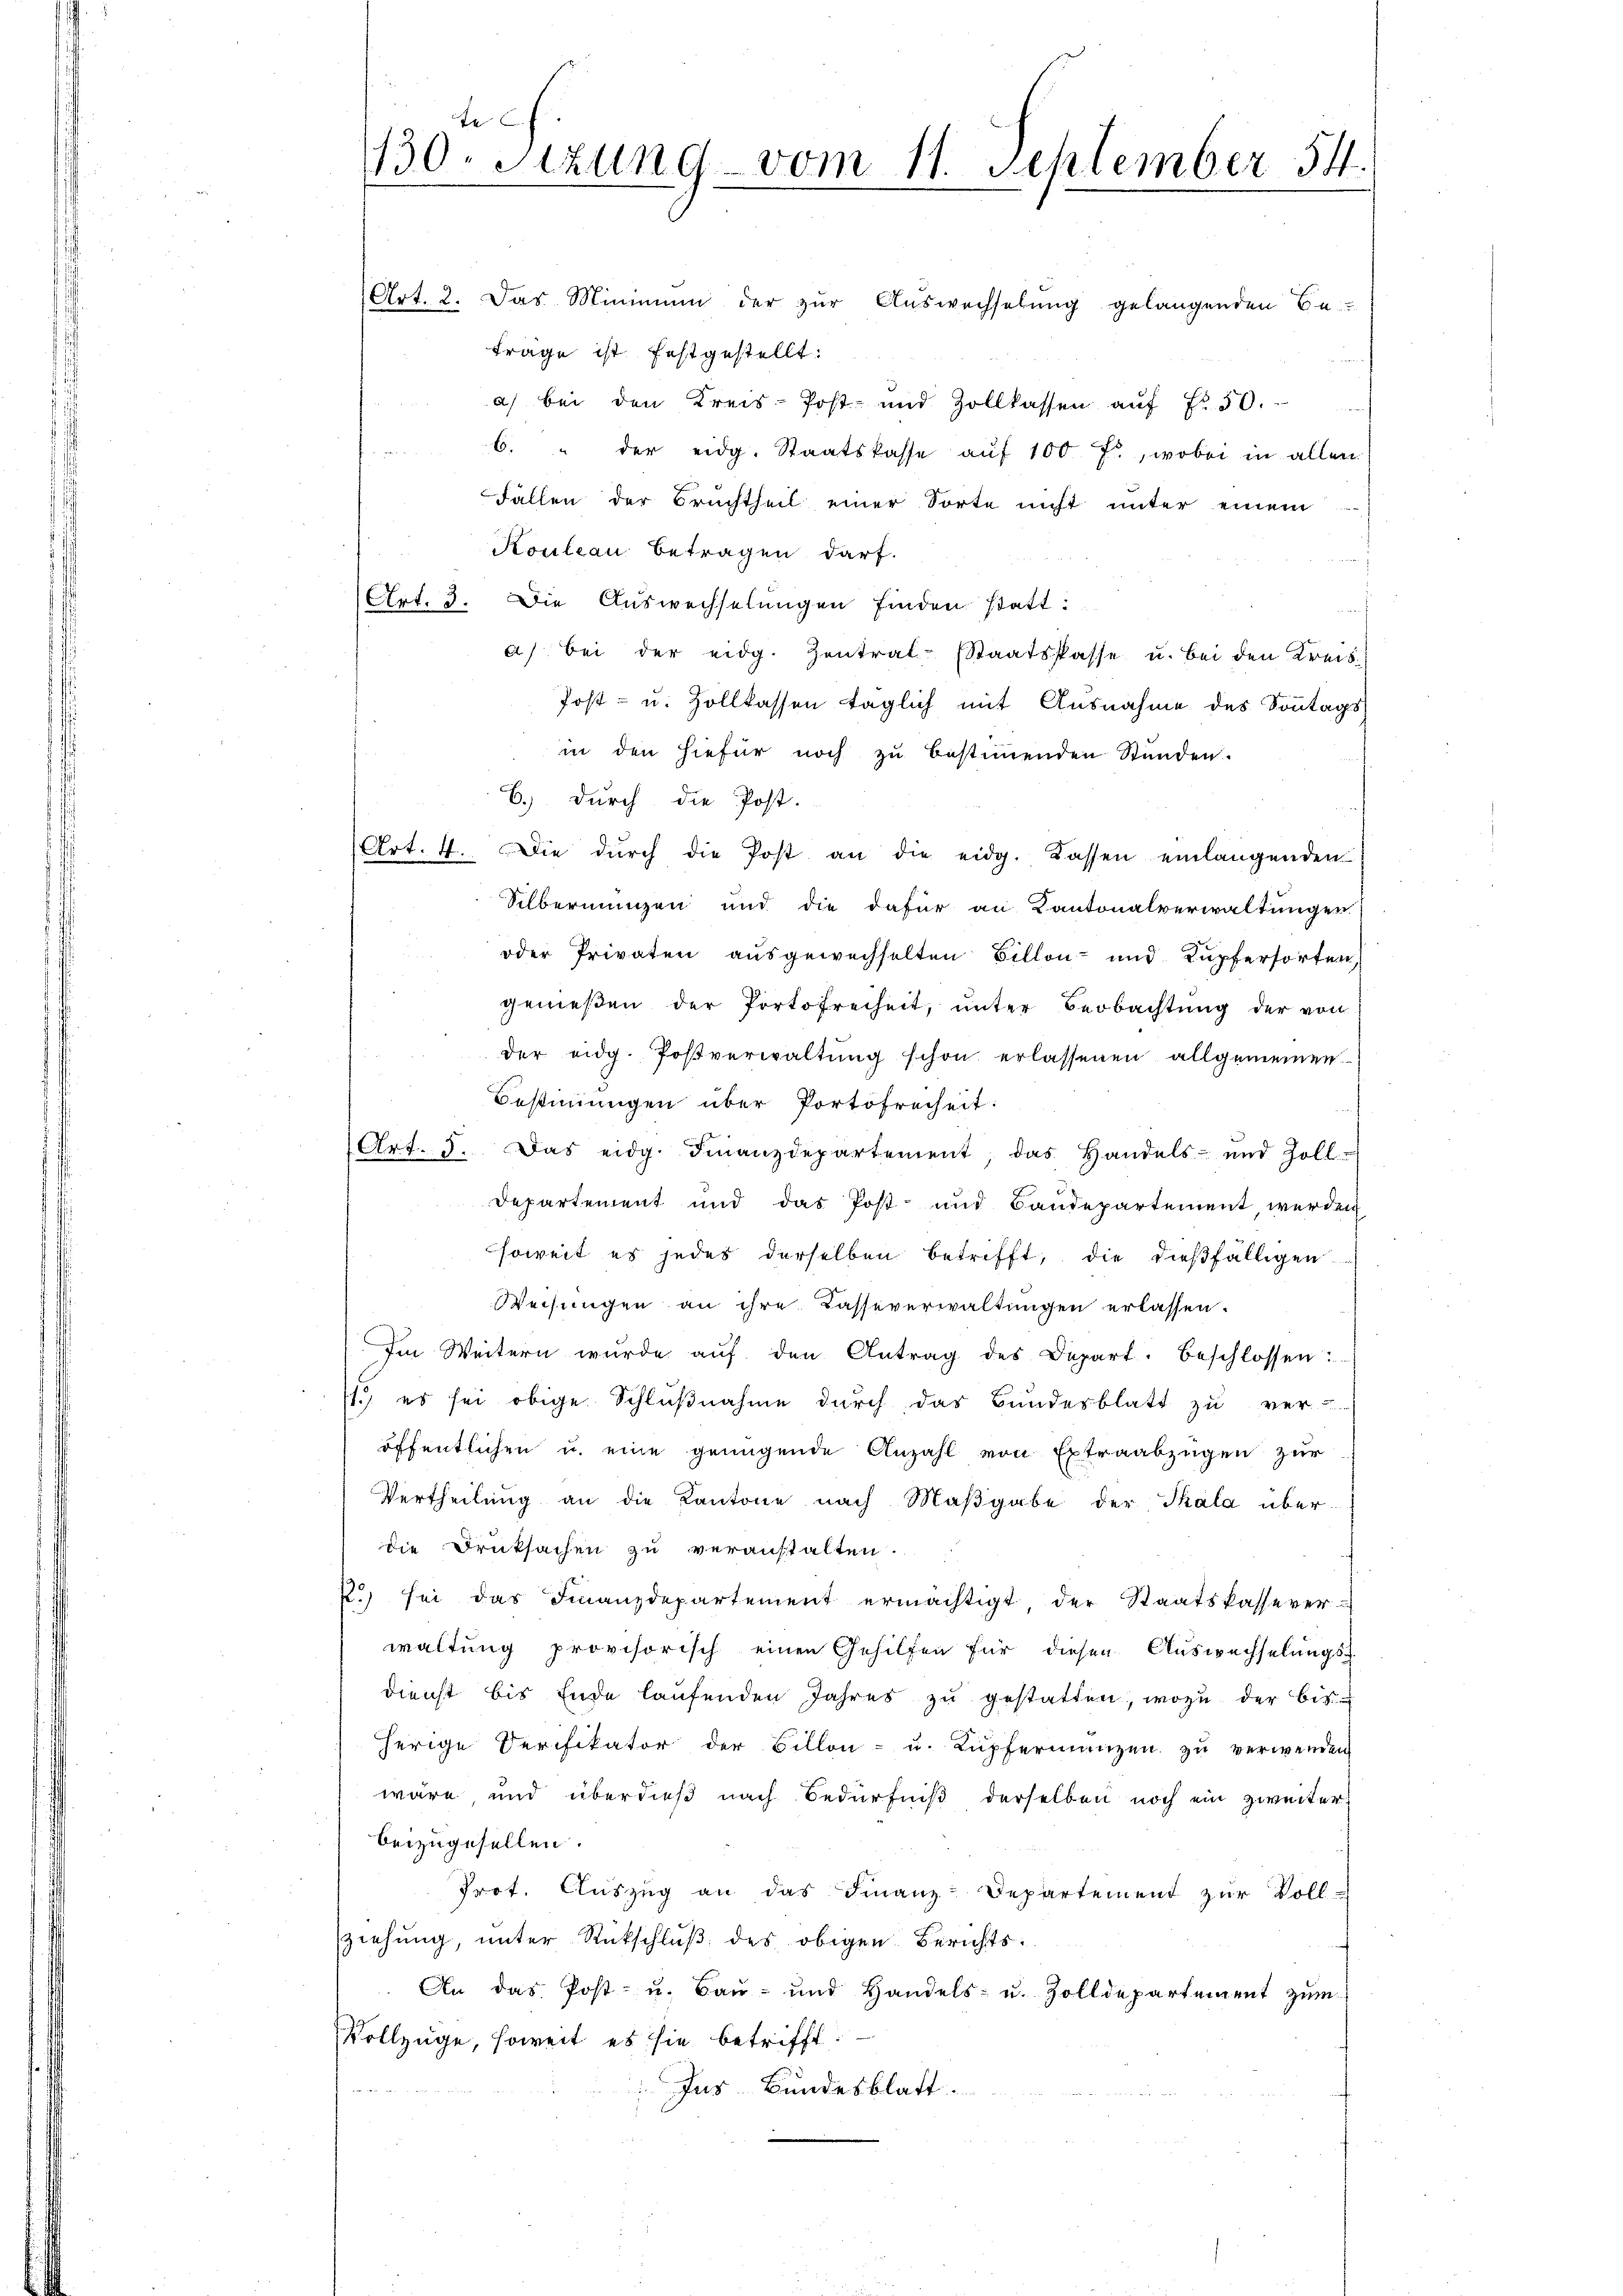
Art. 2. Das Minimum der zŭr Aŭswechselŭng gelangenden Be-
Frage ist festgestellt:
a) bei den Kreis-Post- und Zollkassen aŭf Fr. 50.
6. " der eidg. Staatskasse aŭf 100 fr., wobei in allen
¬
Fällen der Bruchtheil einer Sorte nicht unter einem
Kouleau betragen darf.
Art. 3. Die Auswechselungen finden statt:
d
a) bei der eidg. Zentral-Staatskasse u. bei den Kreis¬
Post- u. Zollkassen täglich mit Ausnahme des Sonntags
in den hiefür noch zu bestimmenden Stunden.
b.) durch die Post.
Art. 4. Die dŭrch die Post an die eidg. Kassen einlangenden
Silbermangen und die dafür an Kantonalverwaltungen.
oder Privaten ausgewechselten Billon- und Kupfersorten
genießen der Portofreiheit, unter Beobachtung der von
der eidg. Postverwaltŭng schon erlassenen allgemeinen
Bestimmungen über Portofreiheit:
Art. 3. Das eidg. Finanzdepartement, das Handels- und Zoll
Departement und das Post- und Baudepartement, werden
soweit es jedes derselben betrifft, die dießfälligen
Weisungen an ihre Kasseverwaltungen erlassen.
Im Weitern wurde aŭf den Antrag des Depart. Beschlossen:
1) es sei obige Schlußnahme durch das Bundesblatt zu ver-
öffentlichen u. eine genügende Anzahl von Extraabzügen zur
Vertheilung an die Kantone nach Maβgabe der Thala überdie Druksachen zu veranstalten.
2) sei das Finanzdepartement ermächtigt der Staatskasse ver-
waltung provisorisch einen Gehilfen für diesen Auswachselungs-
dienst bis Ende laufenden Jahres zu gestatten, wozu der bis
herige Derifikator der Billon- u. Kupfermanzen zu verwenden
wäre, und überdieß nach Bedürfniß derselben noch ein zweiter
beizugesellen.
Prot. Aŭszŭg an das Finanz-Departement zŭr Voll-
ziehung, unter Rückschluß des obigen Berichts¬
An das Post- u. Bau- und Handels- u. Zolldepartement zum
Vollzüge, soweit es sie betrifft.

Ins Bundesblatt.

te
130. Sitzung vom 11. September 154.
.